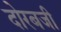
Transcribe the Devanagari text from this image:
दोरबजी